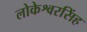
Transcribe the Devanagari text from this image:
लोकेश्वरसिंह